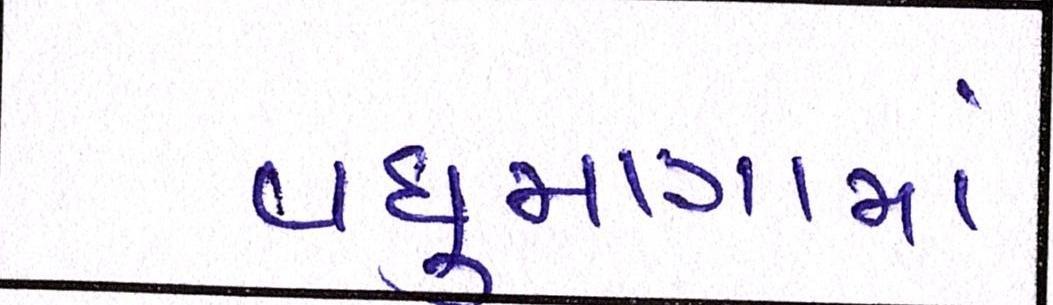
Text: વધુમાત્રામાં